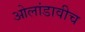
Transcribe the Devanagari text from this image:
ओलांडावीच